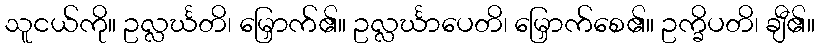
သူငယ်ကို။ ဥလ္လင်္ဃတိ၊ မြှောက်၏။ ဥလ္လင်္ဃာပေတိ၊ မြှောက်စေ၏။ ဥက္ခိပတိ၊ ချီ၏။